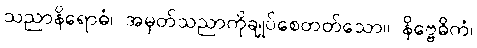
သညာနိရောဓံ၊ အမှတ်သညာကိုချုပ်စေတတ်သော။ နိဗ္ဗေဓိကံ၊